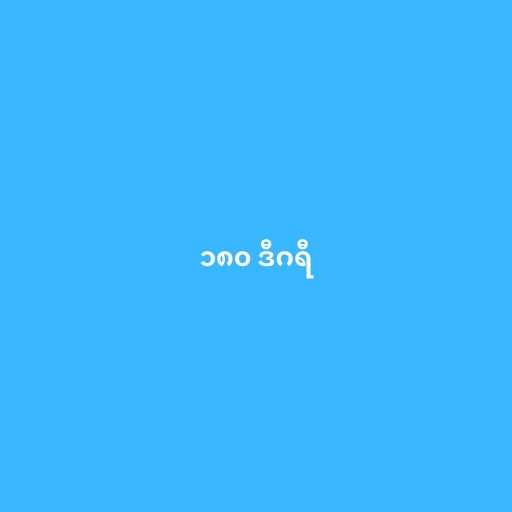
၁၈၀ ဒီဂရီ